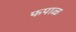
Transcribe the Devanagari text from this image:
फपाळ